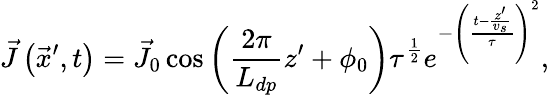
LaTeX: \vec{J}\left(\vec{x}^{\prime},t\right)=\vec{J}_{0}\cos\left(\frac{2\pi}{L_{dp}}z^{\prime}+\phi_{0}\right)\tau^{\frac{1}{2}}e^{-\left(\frac{t-\frac{z^{\prime}}{v_{s}}}{\tau}\right)^{2}},